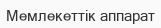
Мемлекеттік аппарат